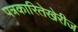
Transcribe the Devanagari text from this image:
पत्रकारितेखेरीज